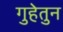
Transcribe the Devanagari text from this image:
गुहेतुन